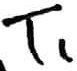
Text: T1